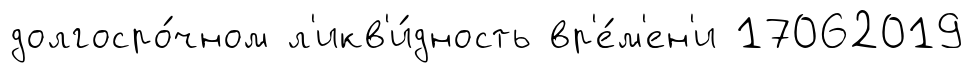
долгосро́чном л'икв'и́дность вр'е́м'ен'и 17062019